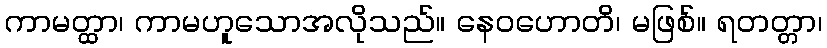
ကာမတ္ထာ၊ ကာမဟူသောအလိုသည်။ နေဝဟောတိ၊ မဖြစ်။ ရတတ္တာ၊